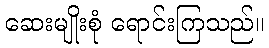
ဆေးမျိုးစုံ ရောင်းကြသည်။